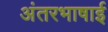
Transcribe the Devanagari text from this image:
अंतरभाषाई